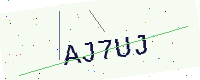
Text: AJ7UJ